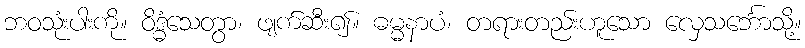
ဘဝသုံးပါးကို။ ဝိဒ္ဓံသေတွာ၊ ဖျက်ဆီး၍။ ဓမ္မနာပံ၊ တရားတည်းဟူသော လှေသင်္ဘောသို့။